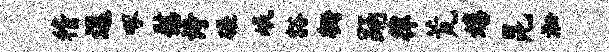
稽逗啄慰诗碾岷豁栅踊律荒嬉昆淞